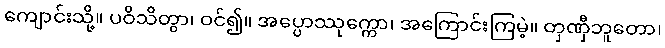
ကျောင်းသို့။ ပဝိသိတွာ၊ ဝင်၍။ အပ္ပောဿုက္ကော၊ အကြောင်းကြမဲ့။ တှဏှီဘူတော၊